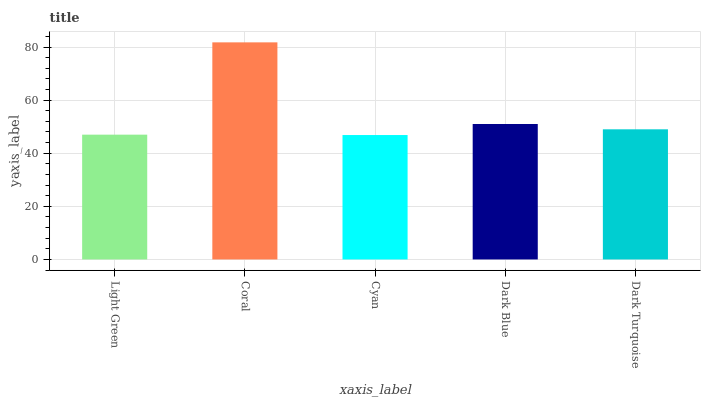
| xaxis_label | bars |
 | --- | --- |
 | Light Green | 47 |
 | Coral | 81.8 |
 | Cyan | 46.9 |
 | Dark Blue | 51 |
 | Dark Turquoise | 49 |